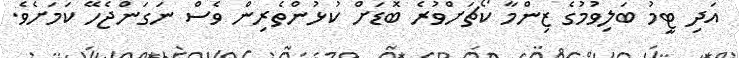
އަދި ޓީމު ބަލިވުމުގެ ޒިންމާ ކޯޗަށްވުރެ ބޮޑަށް ކުޅުންތެރިން ވެސް ނަގަންޖެހޭ ކަމަށެވެ.